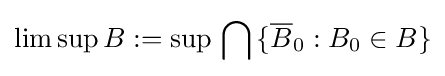
\limsup B:=\sup \,\bigcap \,\{{\overline {B}}_{0}:B_{0}\in B\}